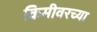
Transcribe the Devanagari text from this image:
किमीवरच्या